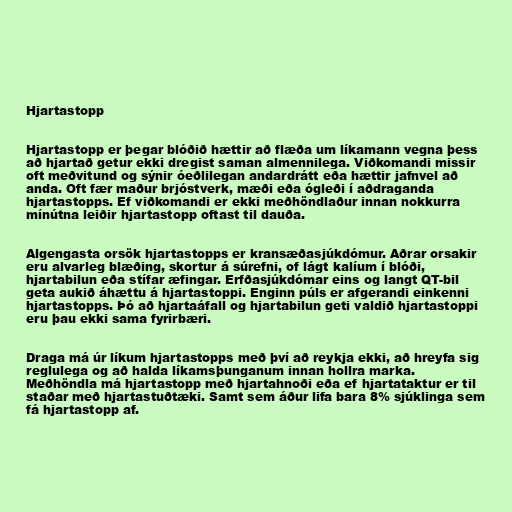
Hjartastopp

Hjartastopp er þegar blóðið hættir að flæða um líkamann vegna þess
að hjartað getur ekki dregist saman almennilega. Viðkomandi missir
oft meðvitund og sýnir óeðlilegan andardrátt eða hættir jafnvel að
anda. Oft fær maður brjóstverk, mæði eða ógleði í aðdraganda
hjartastopps. Ef viðkomandi er ekki meðhöndlaður innan nokkurra
mínútna leiðir hjartastopp oftast til dauða.

Algengasta orsök hjartastopps er kransæðasjúkdómur. Aðrar orsakir
eru alvarleg blæðing, skortur á súrefni, of lágt kalíum í blóði,
hjartabilun eða stífar æfingar. Erfðasjúkdómar eins og langt QT-bil
geta aukið áhættu á hjartastoppi. Enginn púls er afgerandi einkenni
hjartastopps. Þó að hjartaáfall og hjartabilun geti valdið hjartastoppi
eru þau ekki sama fyrirbæri.

Draga má úr líkum hjartastopps með því að reykja ekki, að hreyfa sig
reglulega og að halda líkamsþunganum innan hollra marka.
Meðhöndla má hjartastopp með hjartahnoði eða ef hjartataktur er til
staðar með hjartastuðtæki. Samt sem áður lifa bara 8% sjúklinga sem
fá hjartastopp af.